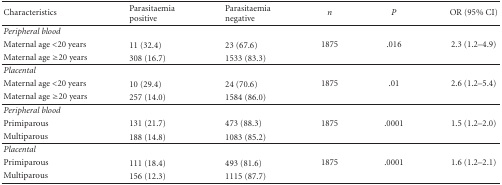
<table><thead><tr><td><b>Characteristics</b></td><td><b>Parasitaemia positive</b></td><td><b>Parasitaemia negative</b></td><td><b><i>n</i></b></td><td><b><i>P</i></b></td><td><b>OR (95% CI)</b></td></tr></thead><tbody><tr><td><i>Peripheral blood</i></td><td></td><td></td><td></td><td></td><td></td></tr><tr><td>Maternal age &lt;20 years</td><td>11 (32.4)</td><td>23 (67.6)</td><td>1875</td><td>.016</td><td>2.3 (1.2–4.9)</td></tr><tr><td>Maternal age ≥20 years</td><td>308 (16.7)</td><td>1533 (83.3) </td><td></td><td></td><td></td></tr><tr><td><i>Placental</i></td><td colspan="2"></td><td></td><td></td><td></td></tr><tr><td>Maternal age &lt;20 years</td><td>10 (29.4)</td><td>24 (70.6)</td><td>1875</td><td>.01</td><td>2.6 (1.2–5.4)</td></tr><tr><td>Maternal age ≥20 years</td><td>257 (14.0)</td><td>1584 (86.0) </td><td></td><td></td><td></td></tr><tr><td><i>Peripheral blood</i></td><td colspan="2"></td><td></td><td></td><td></td></tr><tr><td>Primiparous</td><td>131 (21.7)</td><td>473 (88.3)</td><td>1875</td><td>.0001</td><td>1.5 (1.2–2.0)</td></tr><tr><td>Multiparous</td><td>188 (14.8)</td><td>1083 (85.2) </td><td></td><td></td><td></td></tr><tr><td><i>Placental</i></td><td colspan="2"></td><td></td><td></td><td></td></tr><tr><td>Primiparous</td><td>111 (18.4)</td><td>493 (81.6)</td><td>1875</td><td>.0001</td><td>1.6 (1.2–2.1)</td></tr><tr><td>Multiparous</td><td>156 (12.3)</td><td>1115 (87.7)</td><td></td><td></td><td></td></tr></tbody></table>